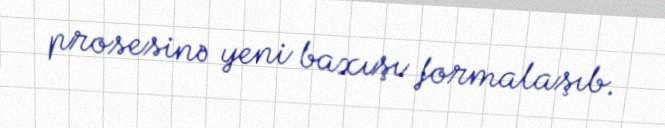
prosesinə yeni baxışı formalaşıb.